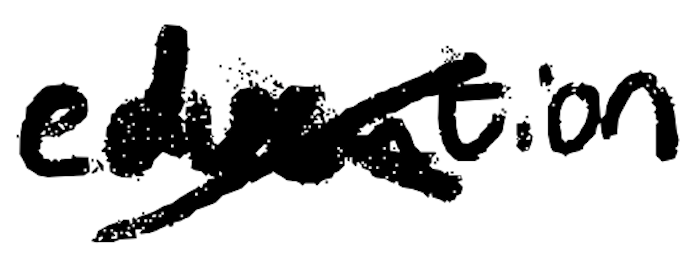
Text: education
Cross-out: cross
Writing tool: digital_black